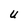
Character: U